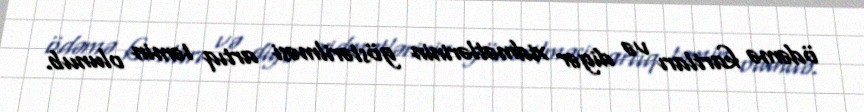
ödəmə kartları və digər xidmətlərinin göstərilməsi artıq təmin olunub.